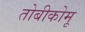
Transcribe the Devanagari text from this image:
तोबीकोमू